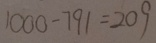
1 0 0 0 - 7 9 1 = 2 0 9